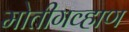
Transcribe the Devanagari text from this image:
मोतीगव्हाण